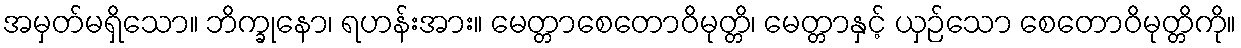
အမှတ်မရှိသော။ ဘိက္ခုနော၊ ရဟန်းအား။ မေတ္တာစေတောဝိမုတ္တိ၊ မေတ္တာနှင့် ယှဉ်သော စေတောဝိမုတ္တိကို။